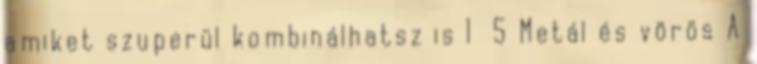
amiket szuperül kombinálhatsz is 1 5 Metál és vörös A